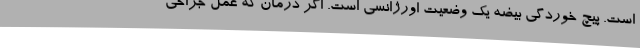
است. پیچ خوردگی بیضه یک وضعیت اورژانسی است. اگر درمان که عمل جراحی